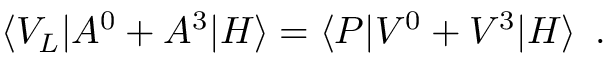
\langle V _ { L } | A ^ { 0 } + A ^ { 3 } | H \rangle = \langle P | V ^ { 0 } + V ^ { 3 } | H \rangle \, \, \, .